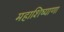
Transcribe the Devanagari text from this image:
महाशिष्याणा